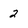
Character: 2